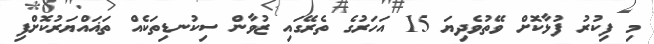
މި ފިކުރު ފުޅާކޮށް ވޭތުވެދިޔަ 15 އަހަރުގެ ތެރޭގައި ޒުވާން ސިކުނޑިތަކެއް ތަޣައްޔަރުކޮށްފި